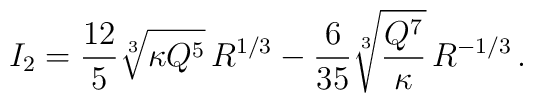
I_2=\frac{12}{5} \sqrt[3]{\kappa Q^5}\, R^{1/3} -\frac{6}{35}\sqrt[3]{\frac{Q^7}{\kappa}}\, R^{-1/3}\, .